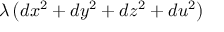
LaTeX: \lambda \left( d x ^ { 2 } + d y ^ { 2 } + d z ^ { 2 } + d u ^ { 2 } \right)